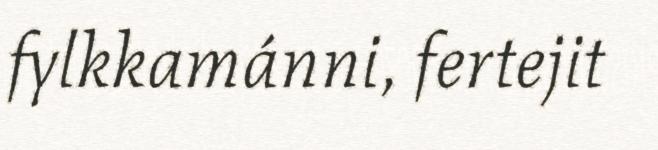
fylkkamánni, fertejit